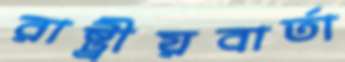
রাষ্ট্রীয়বার্তা